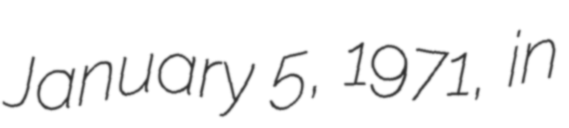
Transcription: January 5, 1971, in